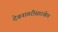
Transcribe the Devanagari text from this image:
देवनागरीसारखेच